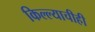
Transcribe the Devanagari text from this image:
किल्ल्याचीही